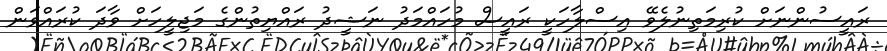
ރައީސުންނަށް ކުރިމަތިނުލެވޭ އިސްލާހަކީ ރައީސް މުހައްމަދު ނަޝީދު ރައްޔިތުންގެ މަޖިލީހަށް ވާދަ ކުރައްވަން